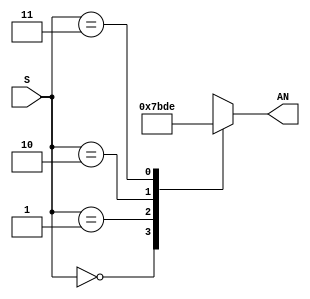
`timescale 1ns / 1ps
//////////////////////////////////////////////////////////////////////////////////
// Company: Macquarie University
// Engineer: 
// 
// Design Name: Four Digit Counter for Basys 3
// Module Name: decoder
// Project Name: four_digit_counter 
// Target Devices: Artix-7
// Tool Versions: 
// Description: 
// 
// Dependencies: 
// 
// Revision:
// Revision 0.01 - File Created
// Additional Comments:
// 
//////////////////////////////////////////////////////////////////////////////////

module decoder(input [1:0] S, output reg [3:0] AN);
    // insert your line decoder code here
    always @(S)begin
        case(S)
                2'b00 : AN = 4'b0111; 
                2'b01 : AN = 4'b1011; 
                2'b10 : AN = 4'b1101; 
                2'b11 : AN = 4'b1110; 

        endcase
    end

endmodule